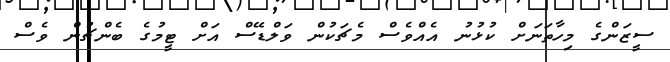
ސީޒަންގެ މިހާތަނަށް ކުޅުނު އެއްވެސް މެޗަކުން ވަލްޑޭސް އަށް ޓީމުގެ ބެންޗުން ވެސް